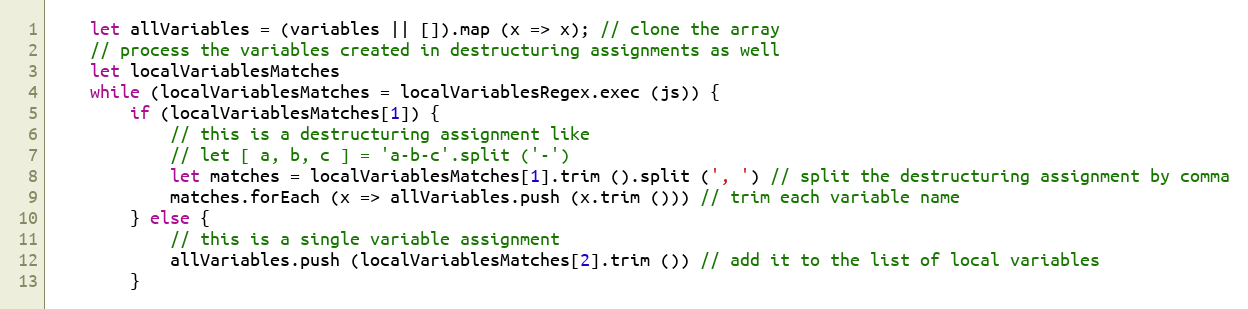
Language: JavaScript
    let allVariables = (variables || []).map (x => x); // clone the array
    // process the variables created in destructuring assignments as well
    let localVariablesMatches
    while (localVariablesMatches = localVariablesRegex.exec (js)) {
        if (localVariablesMatches[1]) {
            // this is a destructuring assignment like
            // let [ a, b, c ] = 'a-b-c'.split ('-')
            let matches = localVariablesMatches[1].trim ().split (', ') // split the destructuring assignment by comma
            matches.forEach (x => allVariables.push (x.trim ())) // trim each variable name
        } else {
            // this is a single variable assignment
            allVariables.push (localVariablesMatches[2].trim ()) // add it to the list of local variables
        }